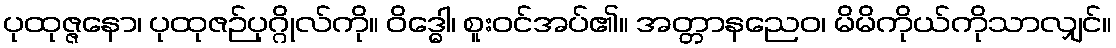
ပုထုဇ္ဇနော၊ ပုထုဇဉ်ပုဂ္ဂိုလ်ကို။ ဝိဒ္ဓေါ၊ စူးဝင်အပ်၏။ အတ္တာနညေဝ၊ မိမိကိုယ်ကိုသာလျှင်။